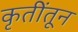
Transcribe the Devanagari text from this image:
कृतींतून